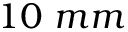
1 0 \ m m